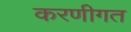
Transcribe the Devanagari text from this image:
करणीगत